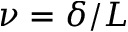
\nu = \delta / L